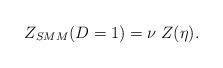
LaTeX: \begin{align*}Z_{SMM}(D=1)=\nu\;Z(\eta).\end{align*}